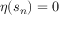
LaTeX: \eta ( s _ { n } ) = 0